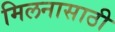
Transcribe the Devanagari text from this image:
मिलनासाठी